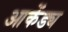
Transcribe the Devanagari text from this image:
आकेंड्य